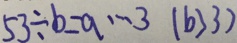
5 3 \div b = q \cdots 3 ( b > 3 )